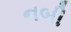
નબી